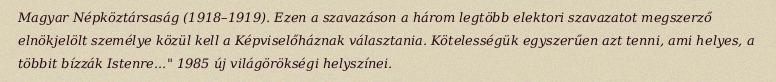
Magyar Népköztársaság (1918–1919). Ezen a szavazáson a három legtöbb elektori szavazatot megszerző elnökjelölt személye közül kell a Képviselőháznak választania. Kötelességük egyszerűen azt tenni, ami helyes, a többit bízzák Istenre..." 1985 új világörökségi helyszínei.